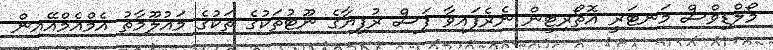
މޯލްޑިވްސް މަނިޓަރީ އޮތޯރިޓީން ނެރެފައިވާ ފަސް ރުފިޔާގެ ނޫޓުތަކުގެ ތަކުގެ މައުލޫމާތު އެމްއެމްއޭއިން